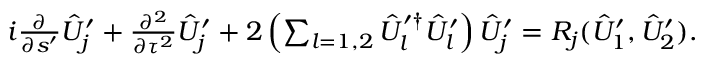
\begin{array} { r } { i \frac { \partial } { \partial s ^ { \prime } } \hat { U } _ { j } ^ { \prime } + \frac { \partial ^ { 2 } } { \partial \tau ^ { 2 } } \hat { U } _ { j } ^ { \prime } + 2 \left( \sum _ { l = 1 , 2 } \hat { U } _ { l } ^ { \prime \dag } \hat { U } _ { l } ^ { \prime } \right) \hat { U } _ { j } ^ { \prime } = R _ { j } ( \hat { U } _ { 1 } ^ { \prime } , \hat { U } _ { 2 } ^ { \prime } ) . } \end{array}